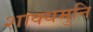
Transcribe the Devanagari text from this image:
शाक्‍यमुनि